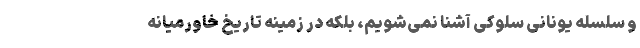
و سلسله یونانی سلوکی آشنا نمی‌شویم، بلکه در زمینه تاریخ خاورمیانه